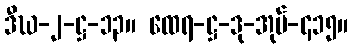
ဒီဃ-၂-ဋ္ဌ-၁၃။ ထေရ-ဋ္ဌ-ဒု-အုပ်-၄၁၅။